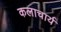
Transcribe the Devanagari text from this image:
कलाचार्य